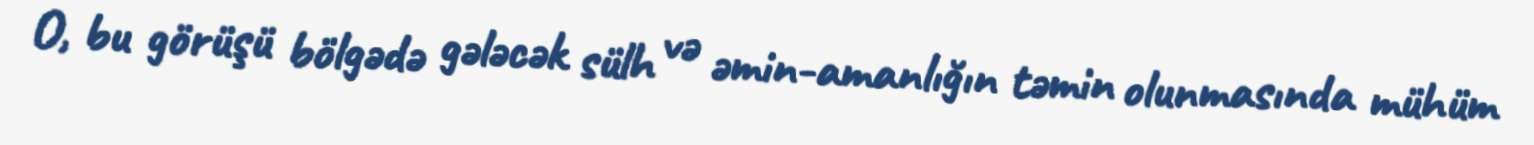
O, bu görüşü bölgədə gələcək sülh və əmin-amanlığın təmin olunmasında mühüm